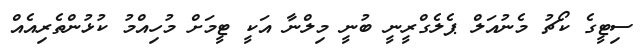
ސިޓީގެ ކޯޗު މެނުއަލް ޕެލެގްރީނީ ބުނީ މިލްނާ އަކީ ޓީމަށް މުހިއްމު ކުޅުންތެރިއެއް